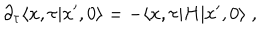
\partial _ { \tau } \langle x , \tau \vert x ^ { \prime } , 0 \rangle = - \langle x , \tau \vert H \vert x ^ { \prime } , 0 \rangle \; ,